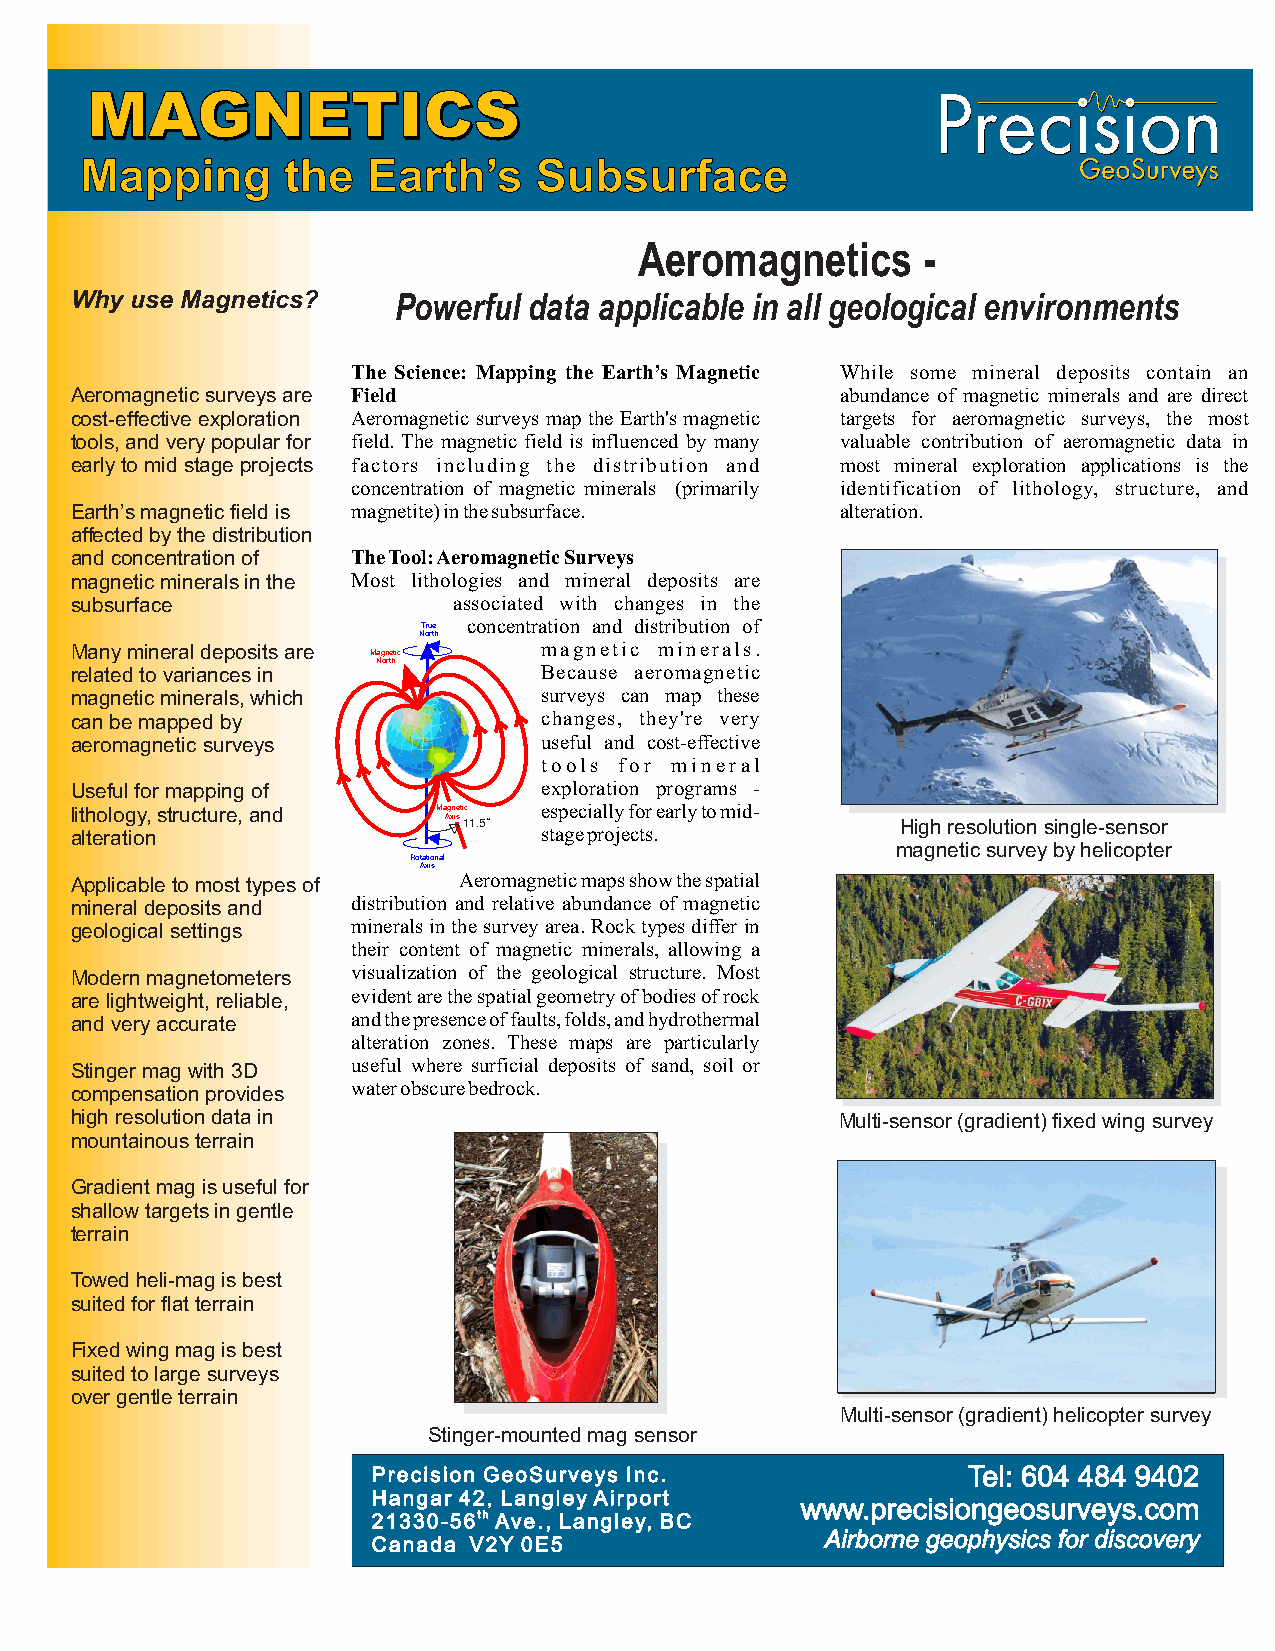
MMAAGGNNEETTIICCSS
 Mapping       the  Earth’s    Subsurface
 Aeromagnetics      -
 Why use Magnetics?   Powerful data applicable in all geological environments
 The Science: Mapping the Earth’s Magnetic While some mineral deposits contain an
 Aeromagnetic surveys are Field                     abundance of magnetic minerals and are direct
 cost-effective exploration Aeromagnetic surveys map the Earth's magnetic targets for aeromagnetic surveys, the most
 tools, and very popular for field. The magnetic field is influenced by many valuable contribution of aeromagnetic data in
 early to mid stage projects factors including the distribution and most mineral exploration applications is the
 concentration of magnetic minerals (primarily identification of lithology, structure, and
 Earth’s magnetic field is magnetite) in the subsurface. alteration.
 affected by the distribution
 and concentration of The Tool: Aeromagnetic Surveys
 magnetic minerals in the Most lithologies and mineral deposits are
 subsurface               associated with changes in the
 True concentration and distribution of
 North
 Many mineral deposits are      magnetic minerals.
 Magnetic
 related to variances in North  Because aeromagnetic
 magnetic minerals, which       surveys can map these
 can be mapped by               changes, they're very
 aeromagnetic surveys           useful and cost-effective
 tools for mineral
 Useful for mapping of          exploration programs -
 lithology, structure, and Magnetic especially for early to mid-
 Axis11.5o                      High resolution single-sensor
 alteration                     stage projects.
 magnetic survey by helicopter
 Rotational
 Axis
 Applicable to most types of Aeromagnetic maps show the spatial
 mineral deposits and distribution and relative abundance of magnetic
 geological settings minerals in the survey area. Rock types differ in
 their content of magnetic minerals, allowing a
 Modern magnetometers visualization of the geological structure. Most
 are lightweight, reliable, evident are the spatial geometry of bodies of rock
 and very accurate and the presence of faults, folds, and hydrothermal
 alteration zones. These maps are particularly
 Stinger mag with 3D useful where surficial deposits of sand, soil or
 compensation provides water obscure bedrock.
 high resolution data in                            Multi-sensor (gradient) fixed wing survey
 mountainous terrain
 Gradient mag is useful for
 shallow targets in gentle
 terrain
 Towed heli-mag is best
 suited for flat terrain
 Fixed wing mag is best
 suited to large surveys
 over gentle terrain
 Multi-sensor (gradient) helicopter survey
 Stinger-mounted mag sensor
 Precision GeoSurveys Inc.              Tel: 604 484 9402
 Hangar 42, Langley Airport
 www.precisiongeosurveys.com
 21330-56th Ave., Langley, BC
 Airborne geophysics for discovery
 Canada V2Y 0E5